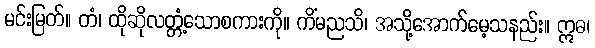
မင်းမြတ်။ တံ၊ ထိုဆိုလတ္တံ့သောစကားကို။ ကိံမညသိ၊ အသို့အောက်မေ့သနည်း။ ဣဓ၊